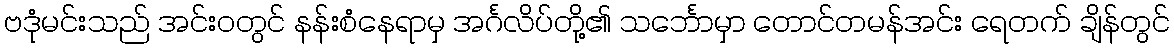
ဗဒုံမင်းသည် အင်းဝတွင် နန်းစံနေရာမှ အင်္ဂလိပ်တို့၏ သင်္ဘောမှာ တောင်တမန်အင်း ရေတက် ချိန်တွင်